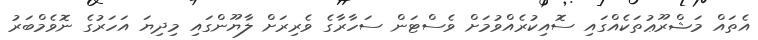
އެތައް މަޝްރޫޢުތަކެއްގައި ސޮއިކުރެއްވުމަށް ވެސްޓަން ސަހާރާގެ ވެރިރަށް ލާޔޫންގައި މިދިޔަ އަހަރުގެ ނޮވެމްބަރު